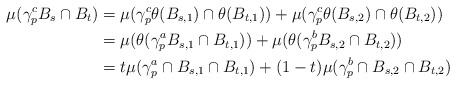
\begin{align*} \mu(\gamma_p^{c} B_s \cap B_t)&= \mu( \gamma_p^{c} \theta(B_{s,1}) \cap \theta(B_{t,1})) + \mu( \gamma_p^{c} \theta(B_{s,2}) \cap \theta(B_{t,2})) \\ & = \mu( \theta( \gamma_p^{a} B_{s,1} \cap B_{t,1} ) ) + \mu( \theta( \gamma_p^{b} B_{s,2} \cap B_{t,2} ) ) \\ & = t \mu(\gamma^{a}_p \cap B_{s,1} \cap B_{t,1}) + (1-t) \mu(\gamma^{b}_p \cap B_{s,2} \cap B_{t,2}) \end{align*}